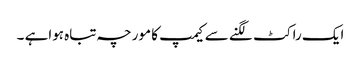
ایک راکٹ لگنے سے کیمپ کا مورچہ تباہ ہواہے ۔